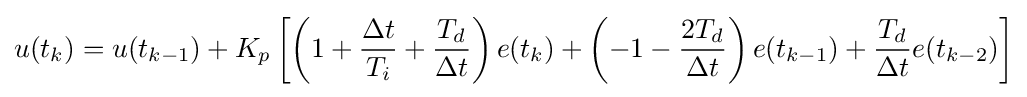
u(t_{k})=u(t_{k-1})+K_{p}\left[\left(1+{\dfrac {\Delta t}{T_{i}}}+{\dfrac {T_{d}}{\Delta t}}\right)e(t_{k})+\left(-1-{\dfrac {2T_{d}}{\Delta t}}\right)e(t_{k-1})+{\dfrac {T_{d}}{\Delta t}}e(t_{k-2})\right]